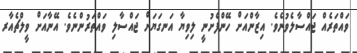
ވައްތަރެއް ޖައްސާލެވުނެވެ. އިޒާންއަށް ހޭންފެށުނީ ލިވިޔާ އަނގަޔަށް ޖައްސާލި ވައްތަރުންނެވެ. އޭނާއަށް ވީލްޗެއާރ